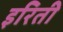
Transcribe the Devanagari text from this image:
इरिती